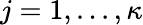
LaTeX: j=1,...,\kappa